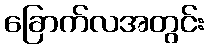
ခြောက်လအတွင်း